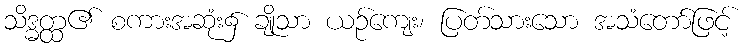
သိဒ္ဓတ္ထ၏ စကားအဆုံး၌ ချိုသာ ယဉ်ကျေး၊ ပြတ်သားသော အသံတော်ဖြင့်